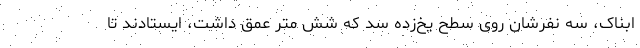
ابناک، سه نفرشان روی سطح یخ‌زده سد که شش متر عمق داشت، ایستادند تا